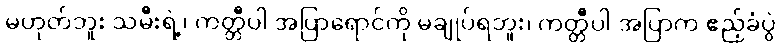
မဟုတ်ဘူး သမီးရဲ့၊ ကတ္တီပါ အပြာရောင်ကို မချုပ်ရဘူး၊ ကတ္တီပါ အပြာက ဧည့်ခံပွဲ